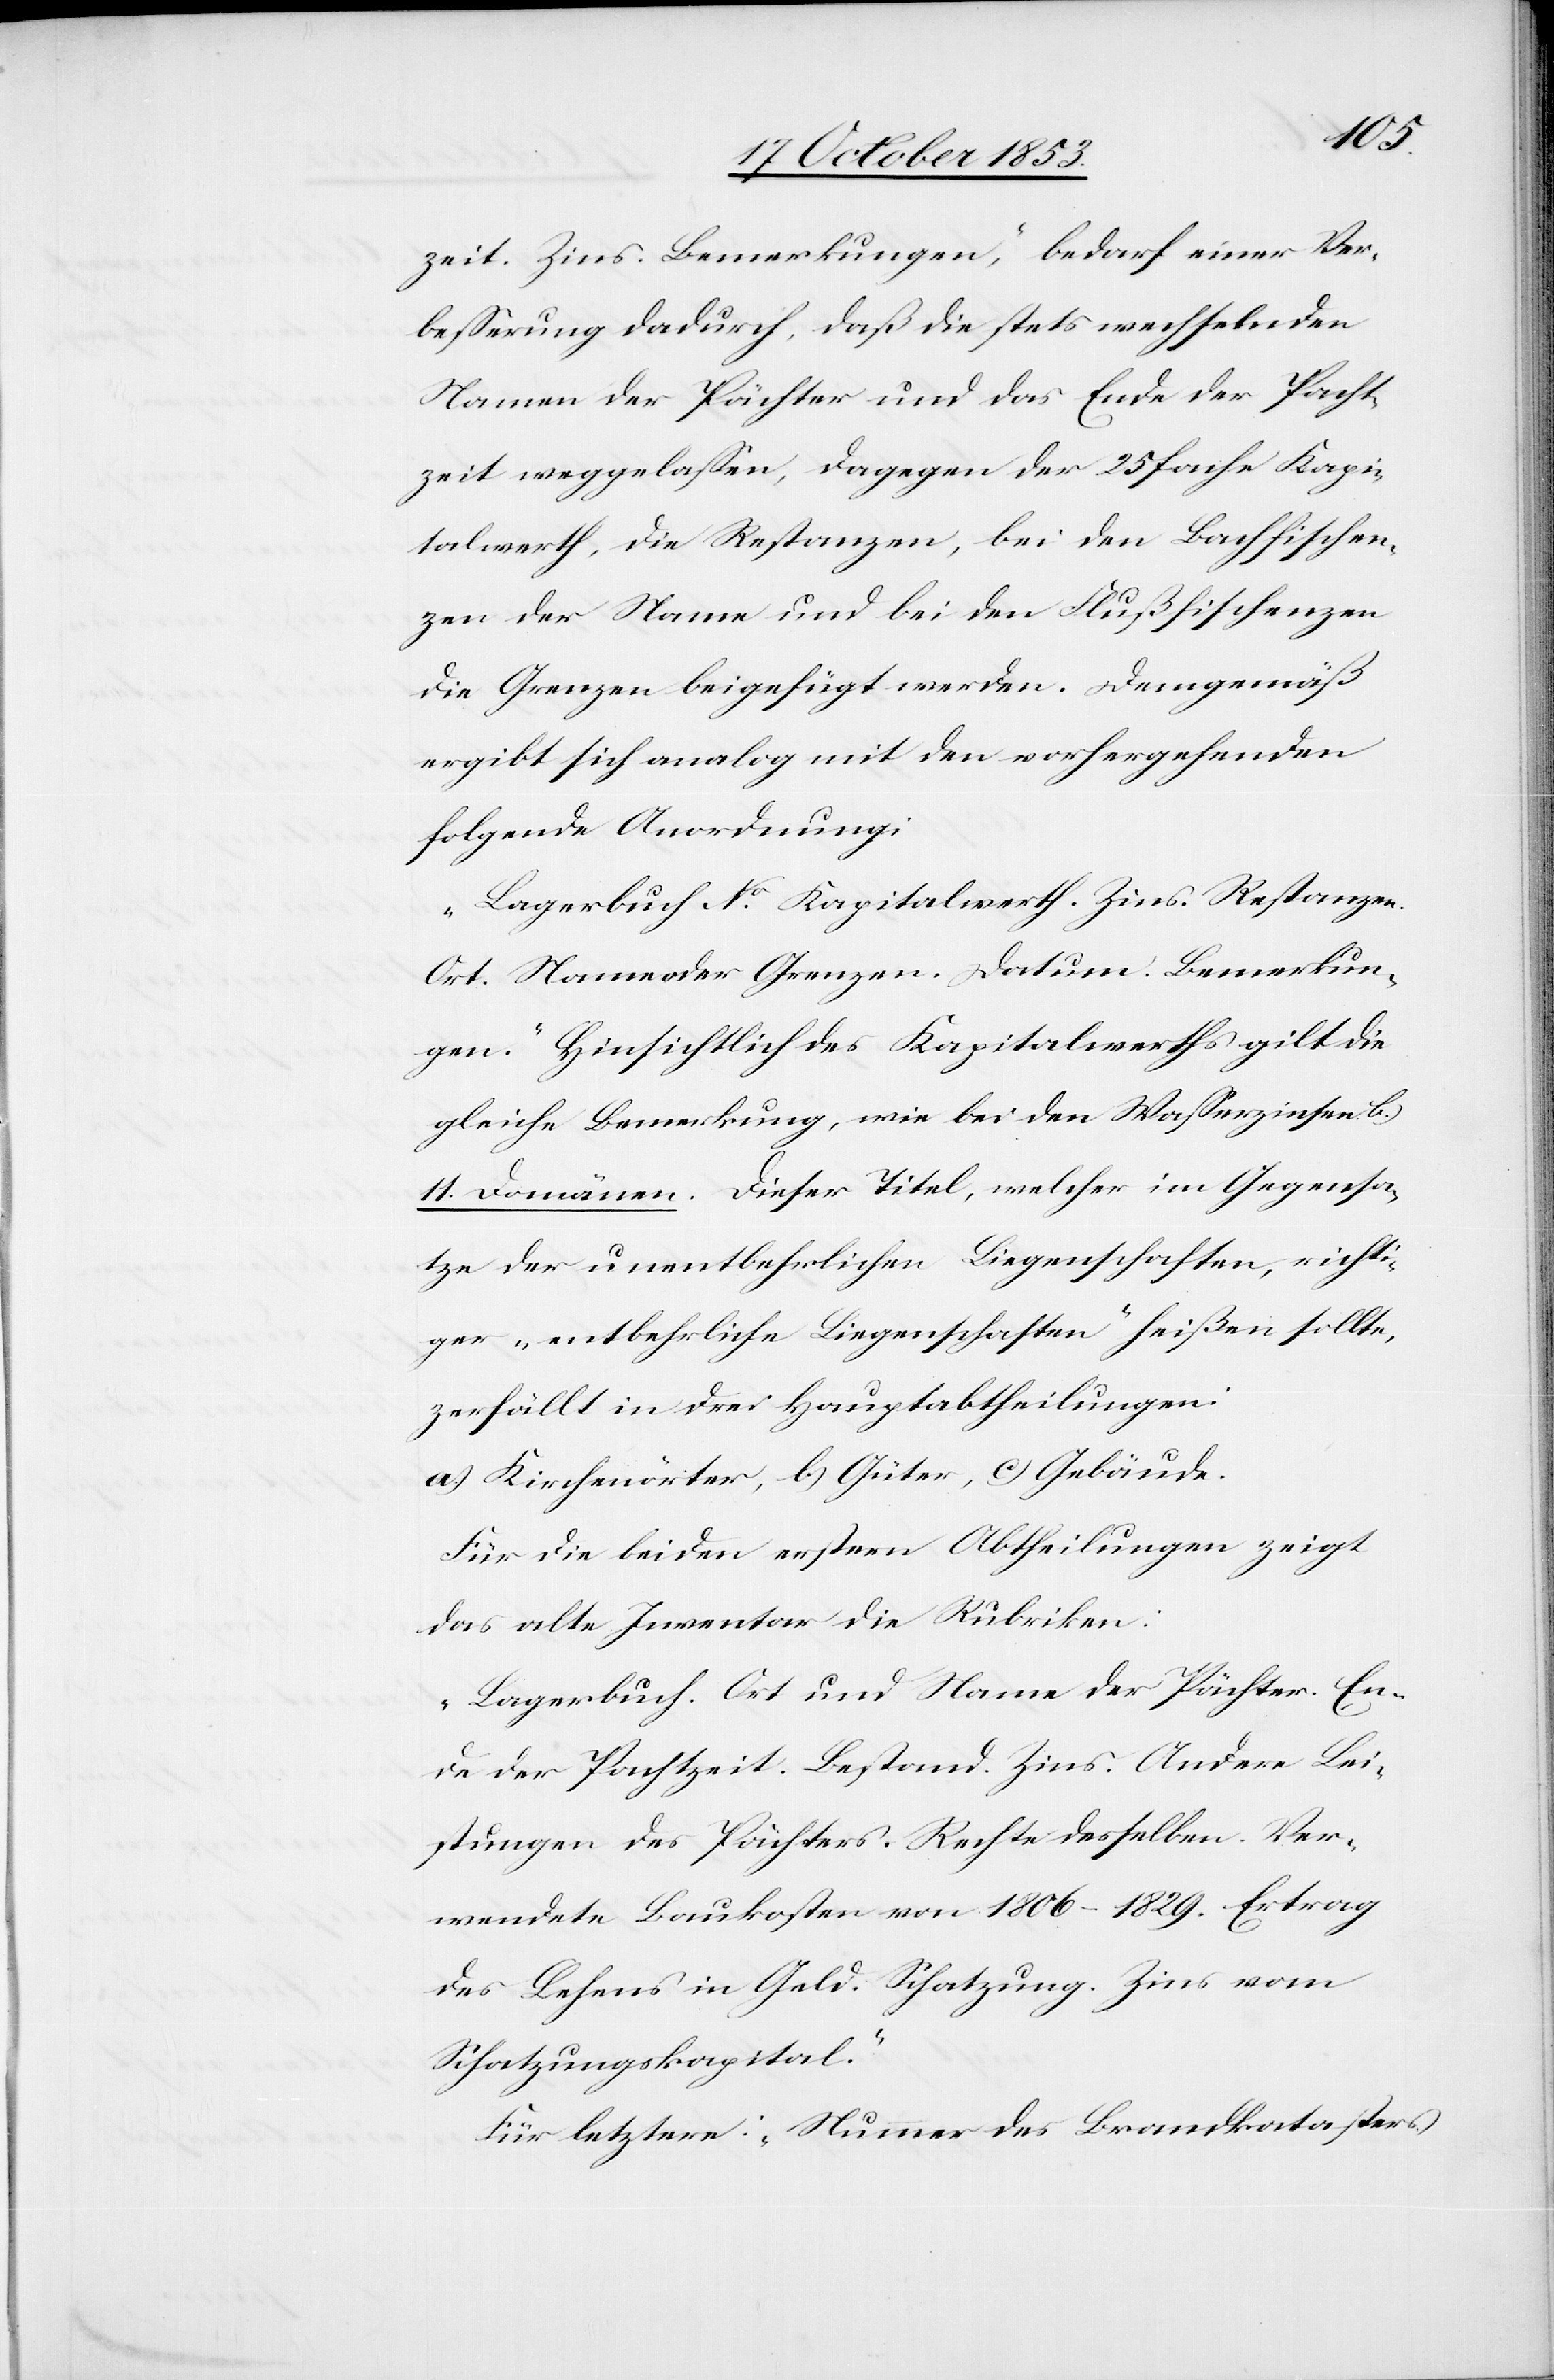
zeit. Zins. Bemerkungen“, bedarf einer Ver¬
beßerung dadurch, daß die stets wechselnden
Namen der Pächter und das Ende der Pacht¬
zeit weggelaßen, dagegen der 25fache Kapi¬
talwerth, die Restanzen, bei den Bachfischen¬
zen der Name und bei den Flußfischenzen
die Grenzen beigefügt werden. Demgemäß
ergibt sich analog mit den vorhergehenden
folgende Anordnung:
„Lagerbuch N°. Kapitalwerth. Zins. Restanzen.
Ort. Namens der Grenzen. Datum. Bemerkun¬
gen.“ Hinsichtlich des Kapitalwerths gilt die
gleiche Bemerkung, wie bei den Waßerzinsen b.)
11. Domänen. Dieser Titel, welcher im Gegensa¬
tze der unentbehrlichen Liegenschaften, richti¬
ger „entbehrliche Liegenschaften“ heißen sollte,
zerfällt in drei Hauptabtheilungen:
a.) Kirchwärter, b) Güter, c) Gebäude.
Für die beiden erstern Abtheilungen zeigt
das alte Inventar die Rubriken.
„Lagerbuch. Ort und Name der Pächter. En¬
de der Pachtzeit. Bestand. Zins. Andere Lei¬
stungen des Pächters. Rechte desselben. Ver¬
wendete Baukosten von 1806–1829. Ertrag
des Lehens in Geld. Schatzung. Zins vom
Schatzungskapital.“
Für letztere: „Nummer des Brandkatasters.